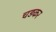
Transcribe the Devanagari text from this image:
चड़कर